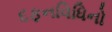
દફનવિધિનો